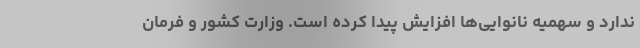
ندارد و سهمیه نانوایی‌ها افزایش پیدا کرده است. وزارت کشور و فرمان